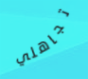
تجاهلي